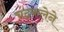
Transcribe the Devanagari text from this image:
चंद्रकलेने